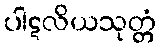
ပါဋလိယသုတ္တံ